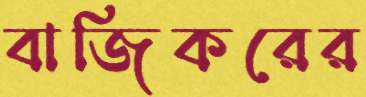
বাজিকরের